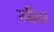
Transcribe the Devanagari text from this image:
स्वीचर